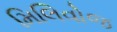
મિલિવોજ